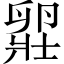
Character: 𫧾